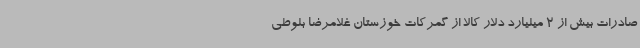
صادرات بیش از 2 میلیارد دلار کالا از گمرکات خوزستان غلامرضا بلوطی